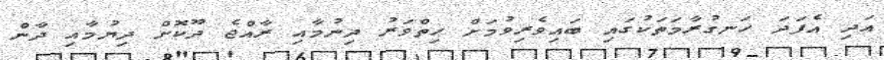
އަދި އެފަދަ ހަނގުރާމަތަކުގައި ބައިވެރިވުމަށް ހިތްވަރު ދިނުމާއި ރާއްޖެ ދޫކޮށް ދިޔުމާއި ދާން